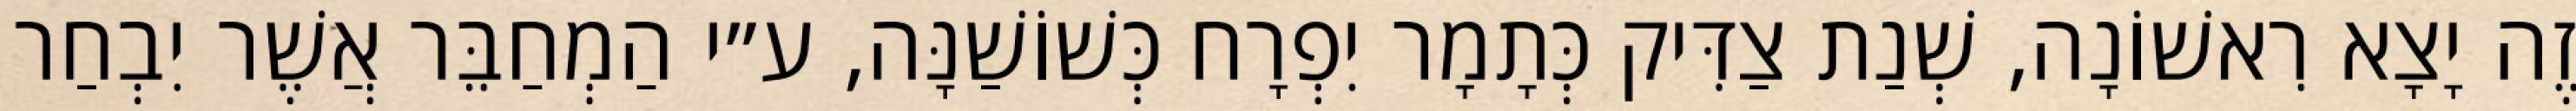
זֶה יָצָא רִאשׁוֹנָה, שְׁנַת צַדִּיק כְּתָמָר יִפְרָח כְּשׁוֹשַׁנָּה, ע״י הַמְחַבֵּר אֲשֶׁר יִבְחַר